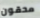
محقون